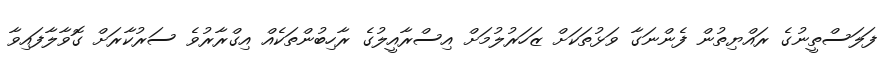
ފަލަސްތީނުގެ ރައްޔިތުން ފެންނަގާ ވަޅުތަކަށް ޒަހަރުލުމަށް އިސްރާއީލުގެ ރާހިބުންތަކެއް އިގްރާރުވެ ސަރުކާރަށް ގޮވާލާފައިވާ